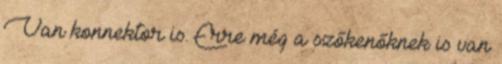
Van konnektor is. Erre még a szőkenőknek is van